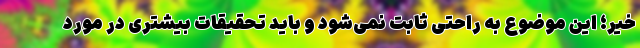
خیر؛ این موضوع به راحتی ثابت نمی‌شود و باید تحقیقات بیشتری در مورد